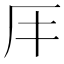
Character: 𠨭